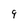
Character: q